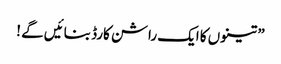
” تینوں کا ایک راشن کارڈ بنائیں گے !